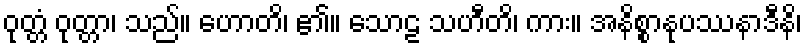
ဝုတ္တံ ဝုတ္တာ၊ သည်။ ဟောတိ၊ ၏။ သောဠ သဟီတိ၊ ကား။ အနိစ္စာနုပဿနာဒီနိ၊